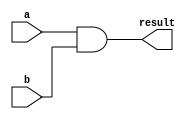
module assign_example(
    input wire a,
    input wire b,
    output reg result
);

assign result = a & b;

endmodule